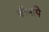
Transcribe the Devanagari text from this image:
त्रीनपि